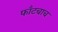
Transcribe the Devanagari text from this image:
फाँटचाच